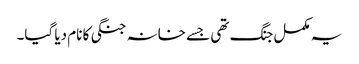
یہ مکمل جنگ تھی جسے خانہ جنگی کا نام دیا گیا۔